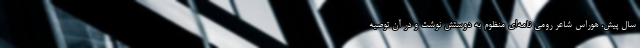
سال پیش، هوراس شاعر رومی نامه‌ای منظوم به دوستش نوشت و در آن توصیه